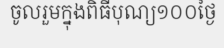
ចូលរួមក្នុងពិធីបុណ្យ១០០ថ្ងៃ